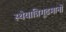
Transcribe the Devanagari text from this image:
स्थेयान्निगूढमानो